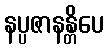
နပ္ပဇာနန္တိပေ